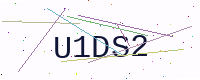
Text: U1DS2